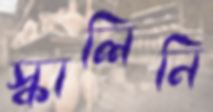
স্কালিনি